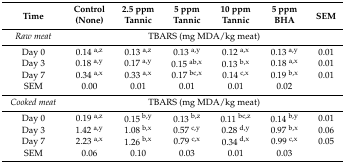
| <ROWSPAN=2> Time | Control | 2.5 ppm | 5 ppm | 10 ppm | 5 ppm | <ROWSPAN=2> SEM |
 | (None) | Tannic | Tannic | Tannic | BHA |
 | --- | --- | --- | --- | --- | --- | --- |
 | Raw meat | <COLSPAN=6> TBARS (mg MDA/kg meat) |
 | Day 0 | 0.14 a,z | 0.13 a,z | 0.13 a,y | 0.12 a,x | 0.13 a,y | 0.01 |
 | Day 3 | 0.18 a,y | 0.17 a,y | 0.15 ab,x | 0.13 b,x | 0.18 a,x | 0.01 |
 | Day 7 | 0.34 a,x | 0.33 a,x | 0.17 bc,x | 0.14 c,x | 0.19 b,x | 0.01 |
 | SEM | 0.00 | 0.01 | 0.01 | 0.01 | 0.02 |  |
 | Cooked meat | <COLSPAN=6> TBARS (mg MDA/kg meat) |
 | Day 0 | 0.19 a,z | 0.15 b,y | 0.13 b,z | 0.11 bc,z | 0.14 b,y | 0.01 |
 | Day 3 | 1.42 a,y | 1.08 b,x | 0.57 c,y | 0.28 d,y | 0.97 b,x | 0.06 |
 | Day 7 | 2.23 a,x | 1.26 b,x | 0.79 c,x | 0.34 d,x | 0.99 c,x | 0.05 |
 | SEM | 0.06 | 0.10 | 0.03 | 0.01 | 0.03 |  |